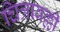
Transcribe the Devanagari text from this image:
चित्रावल्ली